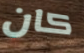
كان